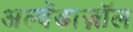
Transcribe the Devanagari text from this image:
अल्बेंडाज़ॉल